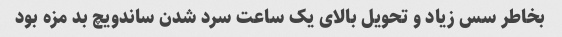
بخاطر سس زیاد و تحویل بالای یک ساعت سرد شدن ساندویچ بد مزه بود